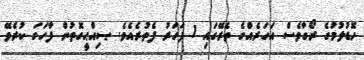
ހޮޑުލުމުގެ ރޯގާވެސް އަހަރެއްގެ ތެރޭގައި 1 ފަހަރު ފެތުރެއެވެ. ޞިއްޙީގޮތުން ފާހަގަ ކުރެވޭ